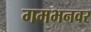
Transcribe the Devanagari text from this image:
गमभनवर